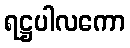
ရဋ္ဌပါလကော